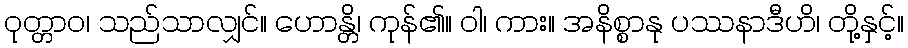
ဝုတ္တာဝ၊ သည်သာလျှင်။ ဟောန္တိ၊ ကုန်၏။ ဝါ၊ ကား။ အနိစ္စာနု ပဿနာဒီဟိ၊ တို့နှင့်။